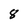
Character: 8